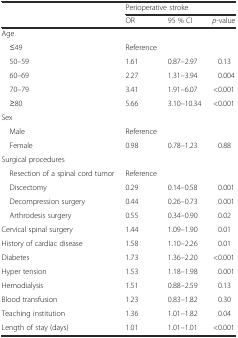
<table><thead><tr><td></td><td colspan="3"><b>Perioperative stroke</b></td></tr><tr><td></td><td><b>OR</b></td><td><b>95 % CI</b></td><td><b><i>p</i>-value</b></td></tr></thead><tbody><tr><td colspan="4">Age</td></tr><tr><td> ≤49</td><td>Reference</td><td></td><td></td></tr><tr><td> 50–59</td><td>1.61</td><td>0.87–2.97</td><td>0.13</td></tr><tr><td> 60–69</td><td>2.27</td><td>1.31–3.94</td><td>0.004</td></tr><tr><td> 70–79</td><td>3.41</td><td>1.91–6.07</td><td>&lt;0.001</td></tr><tr><td> ≥80</td><td>5.66</td><td>3.10–10.34</td><td>&lt;0.001</td></tr><tr><td colspan="4">Sex</td></tr><tr><td> Male</td><td>Reference</td><td></td><td></td></tr><tr><td> Female</td><td>0.98</td><td>0.78–1.23</td><td>0.88</td></tr><tr><td colspan="4">Surgical procedures</td></tr><tr><td> Resection of a spinal cord tumor</td><td>Reference</td><td></td><td></td></tr><tr><td> Discectomy</td><td>0.29</td><td>0.14–0.58</td><td>0.001</td></tr><tr><td> Decompression surgery</td><td>0.44</td><td>0.26–0.73</td><td>0.001</td></tr><tr><td> Arthrodesis surgery</td><td>0.55</td><td>0.34–0.90</td><td>0.02</td></tr><tr><td>Cervical spinal surgery</td><td>1.44</td><td>1.09–1.90</td><td>0.01</td></tr><tr><td>History of cardiac disease</td><td>1.58</td><td>1.10–2.26</td><td>0.01</td></tr><tr><td>Diabetes</td><td>1.73</td><td>1.36–2.20</td><td>&lt;0.001</td></tr><tr><td>Hyper tension</td><td>1.53</td><td>1.18–1.98</td><td>0.001</td></tr><tr><td>Hemodialysis</td><td>1.51</td><td>0.88–2.59</td><td>0.13</td></tr><tr><td>Blood transfusion</td><td>1.23</td><td>0.83–1.82</td><td>0.30</td></tr><tr><td>Teaching institution</td><td>1.36</td><td>1.01–1.82</td><td>0.04</td></tr><tr><td>Length of stay (days)</td><td>1.01</td><td>1.01–1.01</td><td>&lt;0.001</td></tr></tbody></table>